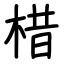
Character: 棤